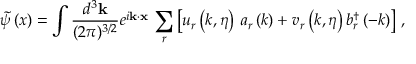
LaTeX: \tilde { \psi } \left( x \right) = \int \frac { d ^ { 3 } { \bf k } } { ( 2 \pi ) ^ { 3 / 2 } } e ^ { i { \bf k } \cdot \mathbf { x } } \, \sum _ { r } \left[ u _ { r } \left( k , \eta \right) \, a _ { r } \left( k \right) + v _ { r } \left( k , \eta \right) b _ { r } ^ { \dagger } \left( - k \right) \right] \, ,